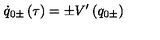
\dot { q } _ { 0 \pm } \left( \tau \right) = \pm V ^ { \prime } \left( q _ { 0 \pm } \right)